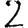
Digit: 2